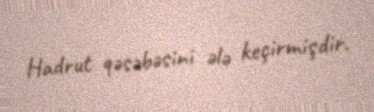
Hadrut qəsəbəsini ələ keçirmişdir.